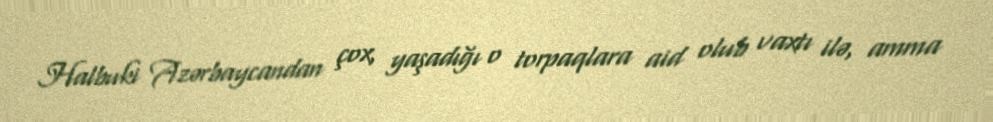
Halbuki Azərbaycandan çox, yaşadığı o torpaqlara aid olub vaxtı ilə, amma